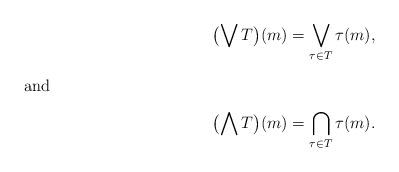
LaTeX: \begin{align*} \bigl(\bigvee T\bigr)(m) = \bigvee_{\tau \in T}\tau(m), \\ \intertext{and} \bigl(\bigwedge T\bigr)(m) = \bigcap_{\tau \in T}\tau(m). \end{align*}